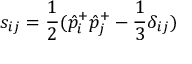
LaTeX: s _ { i j } = { \frac { 1 } { 2 } } ( \hat { p } _ { i } ^ { + } \hat { p } _ { j } ^ { + } - { \frac { 1 } { 3 } } \delta _ { i j } )